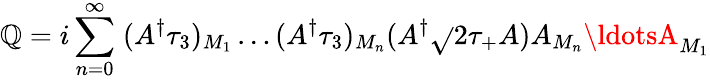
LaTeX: \mathbb{Q}=i\sum_{n=0}^{\infty}\; (A^{\dagger}\tau_{3})_{M_{1}}\ldots(A^{\dagger}\tau_{3})_{M_{n}}(A^{\dagger}{\sqrt{}{2}}\tau_{+}A)A_{M_{n}}\ldotsA_{M_{1}}